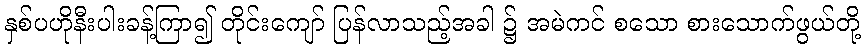
နှစ်ပဟိုနီးပါးခန့်ကြာ၍ တိုင်းကျော် ပြန်လာသည့်အခါ ၌ အမဲကင် စသော စားသောက်ဖွယ်တို့